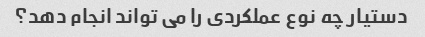
دستیار چه نوع عملکردی را می تواند انجام دهد؟